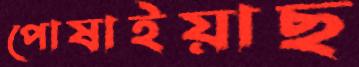
পোষাইয়াছ